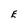
Character: E